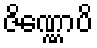
ဇိဏ္ဏောပိ